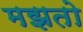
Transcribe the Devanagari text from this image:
मझतो